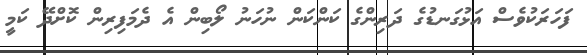
ފަހަރަކުވެސް އަޅުގަނޑުގެ ދަރިންގެ ކަންކަން ނުހަނު ލޯބިން އެ ދެމަފިރިން ކޮށްދޭ ކަމީ